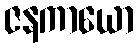
ဇနကာယော